Medical and sanitary report of the native army of Bengal for the year
Year: 1877
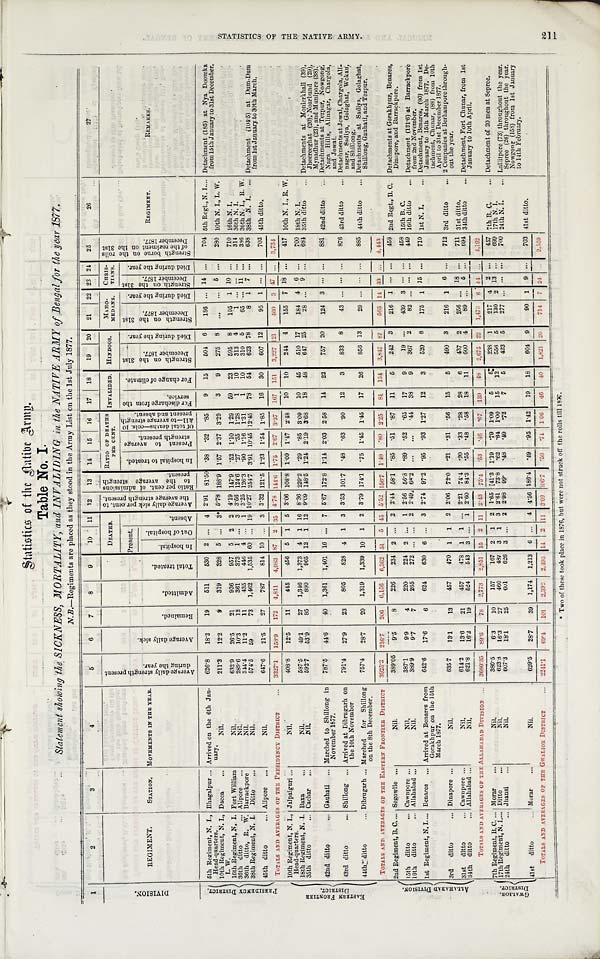
S t a t i s t i c s o f t h e N a t i v e
A r m y .
Table No. I.
Statement showing the SICKNESS, MORTALITY, and INVALIDING in the NATIVE ARMY of Bengal for the year 1877.
N.B.—Regiments are placed as they stood in the Army List on the 1st July 1877.
1
2
3
4
5
6
7
8
9
10
11
12
13
14
15
16
17
18
19
20
21
22 23 24
25
26
27
R a t i o p e r c e n t . o f a d m i s s i o n s t o t h e a v e r a g e s t r e n g t h p r e s e n t .
D I V I S I O N .
REGIMENT.
STATION.
MOVEMENTS IN THE YEAR.
A v e r a g e d a i l y s t r e n g t h p r e s e n t d u r i n g t h e y e a r .
A v e r a g e d a i l y s i c k . .
R e m a i n e d .
A d m i t t e d .
T o t a l t r e a t e d .
DEATHS.
A v e r a g e d a i l y s i c k p e r c e n t . t o t h e a v e r a g e s t r e n g t h p r e s e n t .
RATIO OF DEATHS PER CENT. INVALIDED. HINDOOS.
MAHO-
MEDANS.
CHRIS-
TIANS.
S t r e n g t h b o r n e o n t h e r o l l s
o f t h e r e g i m e n t o n t h e 3 1 s t
D e c e mb e r 1 8 7 7 .
REGIMENT.
REMARKS .
Present.
A b s e n t .
I n h o s p i t a l t o t r e a t e d .
P r e s e n t t o a v e r a g e S t r e n g t h p r e s e n t .
O f t o t a l d e a t h s — c o l s . 1 0
& 1 1 — t o a v e r a g e S t r e n g t hPresent
a n d a b s e n t .
F o r d i s c h a n g e f r o m t h e s e r v i c e .
F o r c h a n g e o f c l i m a d e .
S t r e n g t h o n t h e 3 1 s t D e c e m b e r 1 8 7 7 .
D i e d d u r i n g t h e y e a r .
S t r e n g t h o n t h e 3 1 s t
D e c e m b e r 1 8 7 7 .
D i e d d u r i n g t h e y e a r .
S t r e n g t h o n t h e 3 1 s t D e c e m b e r 1 8 7 7 .
d i e d d u r i n g t h e y e a r .
I n h o s p i t a l .
Ou t o f h o s p i t a l .
P R E S I D E N C Y D I S T R I C T .
5th Regiment, N. I .,
H ead-quarters.
Bhagalpur. Arrived on the 6th Jan-
uary.
626.8
18.2
19
511
530
2 ...
4 2.91 81.50 .38
.32
.85
9
15
504
6
186
. . . 14 ...
704 5th Regt., N. I.... Detachment (185) at Nya Doomk a
from15th January to 31st december.
211.3
12.2
9
319
328 5 ...
3* 5.78 188.9 1.57 2.37 3.29
3
9
275
8
...
... 5 ...
280 10th N. I ., L. W.
10th Regiment, N. I.,
L. W.
Dacca
...
Nil.
632.9
26.5
21
936
957
5
2
2 4.19 147.9 .52 1.10 1.29
59
23
595
8
105
1 10 ...
710 16th N. I.
16th Regiment, N, I . Fort William
Nil.
289.6
10.3
12
361
373
1 ... 3 3.56 124 6 27 .35 1.28
1
10
313
4
1
. . .
. . .
...
314 36th N. I.
3 6 t h d i t t o
. . . Alipore
...
N i l .
310
5
6 5
. . .
1 1
...
386 36th N. I., R. W.
344.4
11.2
11
435
446 4 ...
1 3.25 126.3 .90 1.16 1.31
1
10
36th ditto, R. W. Barrackpore
Nil.
78
8
1
7 ...
638 38th N. I. ... Detachment (104.5) at Dum-Du m
from 1st January to 30th March.
623
59
73
1,462
1,535 60 ... 19 10.27 254.7 3.91 10.45 12.45
78
54
574.5
38th Regiment, N. I. Ditto
...
N i l .
45th ditto
... Alipore
...
Nil.
647.6
21.5
27
787
814 10 ... 3 3.32 121.5 1.23 1.54 1.85
16
30
607 12
95
1
. . . ...
702 45th ditto.
TOTALS AND AVERAGES OF THE PRESIDENCY DISTRICT
3327.1
158.9
172
4.811
4,983
87 2
35 4.78
1 4 4 . 6 1.75
2.67
3.37
167
151
3,227 121
460
3
4 7
...
3 , 7 3 4
408.8
12.5
11
445
456
5
1
5 3.06 108.8 1.09 1.47 2.48
10
10
244
4
155
7 18 ...
417 10th N. I., R. W.
Detachments at Monierkhall (39),
Jheereeghat (20); Noarbund (29),
Mynadhur (23) , and Munipore (38) .
E A S T E R N F R O N T I E R D I S T R I C T . 10th Regiment, N. I.,
Head-quarters.
Jalpaiguri ...
N i l .
1,373
4
1 16 8.36 229.2
.29
.85 3.09
10
45
510 17
184 4 6 ...
700 18th N.J.
18th Regiment, N. I. Baxa
Nil.
587.5
49.1
27
1,346
12 1 12 9.09 148.5 1.24 2.19 3.68
18
48
647 25
28 ...
9 ...
684 35th ditto
...
965
35th ditto ... Cachar
...
Nil.
592.7
53.9
85
880
42nd ditto
. . . Gauhati
... Marched to Shillong in
November 1877.
787.5
44.6
4 0 1,361
1,401 16 ...
7 5.67 172.8 1.14 2.03 2.58
14
22
757 20
124
3 . . . ...
881 42nd ditto
... Detachments at Tezpur, Nowgong ,
Naga Hills, Alinagar, Chargola,
and Jowai.
43rd ditto
... Shillong ... Arrived at Dibrugarh on
the 10th November
791.4
27.9
23
805
828
4
1 3 3.53 101.7 .48 .63 .90
12
3
833
8
43
. . .
. . . ...
876 43rd ditto
,.. Detachments at Jowai, Chargola, Ali-
nagar, Sadiya, Golaghat, Wokau,
and Shillong.
44th ditto
... Dibrugarh ... Marched for Shillong
on the 8th December
757.4
28.7
20 1,319
1,339 10 1 2 3.79 174.1 .75 1.45 1.45
17
26
856 13
29 ...
. . . ...
885 44th ditto
... Detachments at Sadiya, Golaghat,
Shillong, Gauhati, and Tezpur.
A L L A H A B A D D I V I S I O N .
TOTALS AND AVERAGES OF THE EASTERN FRONTIER DISTRICT
3925.3
216.7
206
6,156
6,362 51
5
4 5 5.52 156.7
1.40
. 8 0 2.25
8 1
154
3,847 87
563 14 33 ...
4,443
458 2nd Regt., B. C. Detachments at Gorakhpur, Benares,
Dinapore, and Barrackpore.
2nd Regiment, B. C.... Segowlie ...
Nil.
389.05
9.5
8
226
234
2 ...
2 2.44 58.1
.85
.51
.87
11
5
242
3
216
1
. . . ...
. . .
439
3
. . . ...
458 15th B. C.
15th ditto ... Cawnpore ...
Nil.
387.1
9.9
4
220
224 2
. . . 1 2.56 56.8 .89 .52 .65
17
9
19
9
367
2
82
. . . . . . ...
449 16th ditto
... Detachment (121.6) at Barrackpore
from 2nd November.
2 2.49 68.2
...
. . .
.44
38
16th ditto
... Allahabad ...
Nil.
389.9
9.7
7
265
272
. . . ...
1st Regiment, N. I.... Benares ... Arrived at Benares from
Gorakhpur on the 15th
March 1877.
642.6
17.6
6
624
630
6 ... 3 2.74 97.2 .95
93 1.27
12
3
520
8
175
1 15 ...
710 1st N. I.
... Detachment, Benares, (80) from 1st
January to 15th March 1877. De -
tachment, Chunar, (88) from 10th
April to 31st December 1877.
3rd ditto... Dinapore ...
N i l .
635.7
13.1
13
457
470
1 1 2 2.06 72.0 .21 .31 .56
15
5
490
3
216
1
6 ...
712 3rd ditto
... 2 Companies at Berhampore through-
out the year.
31st ditto
... Cawnpore ...
Nil.
614.2
13.6
21
457
478
1 1
. . . 2.21 74.4 .20 .33 .28
28
6
437
2
256
. . . 18 ...
711 31st ditto.
. . . 5 ...
694 34th ditto
... Detachment, Fort Chunar, from 1st
January to 10th April.
89
2.60 84.3
.55
.48
.58
18
11
600
4
34th ditto
... Allahabad ...
Nil.
621.8
16.2
19
524
543
3 ... 1
8 9 . 6
2,773
2 , 8 5 1
75.4
.53
. 6 7
2 , 6 7 5
4 , 1 9 2
1,473
G W A L I O R .
D I S T R I C T .
TOTALS AND AVERAGES OF THE ALLAHABAD DIVISION
3680.35
78
15
2 11
2.43
.46
1 3 9
4 8
2 2
6
4 4 ...
7th Regiment, B. C. ... Morar
...
Nil.
380.5
6 . 3
10
157
167
2
1 2 1.65 41.3 1.19 .79 1.09
5
5:
238
1
217
4
2 ...
457 7th B. C.
... Detachment of 20 men at Sepree.
2 13 ...
699 17th N. I.
130
3 1 3 2.61 73.8 .62 .64 1.00
15
12
556
5
487
...
. . . ...
700 24th N. I.
... Lullitpore (73) throughout the year.
Sepree (26) throughout the year.
Nowgong (158) from 1st January
to 14th February.
17th Regiment, N. I. ... Ditto
...
Nil.
623.8
16.3
27
460
277
2.98 99.
.48
.49
.72
7
5
423
5
2
24th ditto
... Jhausi
...
Nil.
607.3
18.1
25
6 0 1
6 2 6 3 ...
41st ditto
... Morar
...
Nil.
629.5
28.7
39
1,174
1,213
6 ... 4
4. 56 186.4
.49
.95 1.42
19
18
604 9
90 1 9 ...
703 41st ditto.
TOTALS AND AVERAGES OF THE GWALIOR DISTRICT
2241.1
69.4
101
2,392
2,493
1 4 2
11
3.03 106.7
. 5 6 .71
1.06
46
40
1,821 20
714
7 24 ...
2 , 5 5 9
* T w o o f t h e s e t o o k p l a c e i n 1 8 7 6 , b u t w e r e n o t s t r u c k o f f t h e r o l l s t i l l 1 8 7 7 .
S T A T I S T I C S O F T H E N A T I V E A R M Y . 2 1 1